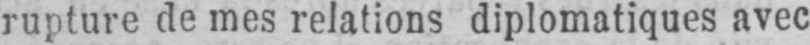
rupture de mes relations diplomatiques avec